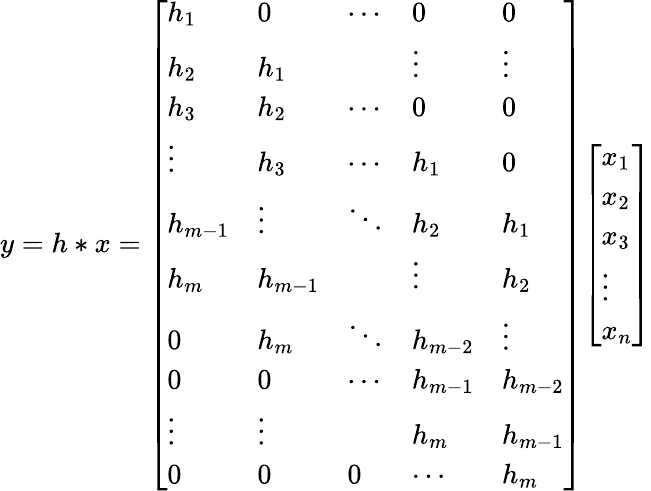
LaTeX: y=h\ast x={\left[\begin{array}{lllll}{h_{1}}&{0}&{\cdots}&{0}&{0}\\ {h_{2}}&{h_{1}}&{}&{\vdots}&{\vdots}\\ {h_{3}}&{h_{2}}&{\cdots}&{0}&{0}\\ {\vdots}&{h_{3}}&{\cdots}&{h_{1}}&{0}\\ {h_{m-1}}&{\vdots}&{\ddots}&{h_{2}}&{h_{1}}\\ {h_{m}}&{h_{m-1}}&{}&{\vdots}&{h_{2}}\\ {0}&{h_{m}}&{\ddots}&{h_{m-2}}&{\vdots}\\ {0}&{0}&{\cdots}&{h_{m-1}}&{h_{m-2}}\\ {\vdots}&{\vdots}&{}&{h_{m}}&{h_{m-1}}\\ {0}&{0}&{0}&{\cdots}&{h_{m}}\end{array}\right]}{\left[\begin{array}{l}{x_{1}}\\ {x_{2}}\\ {x_{3}}\\ {\vdots}\\ {x_{n}}\end{array}\right]}